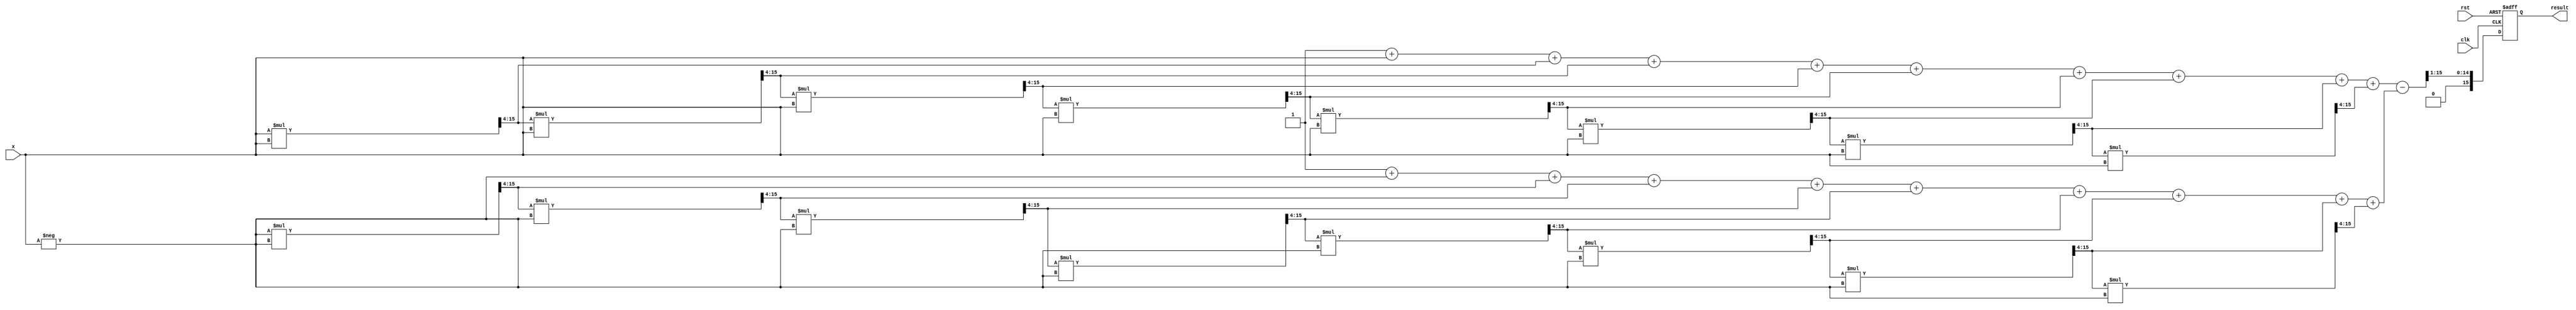
module sinh_arithmetic_block (
    input wire [15:0] x,          // 16-bit fixed-point input (scaled)
    output reg [15:0] result,     // 16-bit fixed-point output (scaled)
    input wire clk,
    input wire rst
);

    // Constants for Taylor series approximation, we use a few terms for simplicity
    parameter INTEGER_SCALE = 16'h0001; // Scaling factor for output
    parameter INTEGER_TAYLOR_FACTOR = 16'h0000; // Taylor coefficients can be defined here

    reg [15:0] exp_x;
    reg [15:0] exp_neg_x;
    reg [15:0] exp_diff;
    
    // Simple exponentiation using Taylor series
    function [15:0] exp_taylor;
        input [15:0] in;
        reg [15:0] term;
        reg [15:0] sum;
        integer i;
        begin
            sum = 16'h0001; // e^0 = 1
            term = in; // First term is x
            for (i = 1; i < 10; i = i + 1) begin // 10 terms for simplicity
                sum = sum + term;
                term = (term * in) >> 4; // Divide by factorial (approximately)
            end
            exp_taylor = sum;
        end
    endfunction

    // Main computation
    always @(posedge clk or posedge rst) begin
        if (rst) begin
            result <= 16'h0000;
        end
        else begin
            // Calculate e^x and e^(-x)
            exp_x = exp_taylor(x);
            exp_neg_x = exp_taylor(-x);

            // Calculate e^x - e^(-x)
            exp_diff = exp_x - exp_neg_x;

            // Divide by 2
            result = exp_diff >> 1; // Right shift by 1 to divide by 2
        end
    end

endmodule